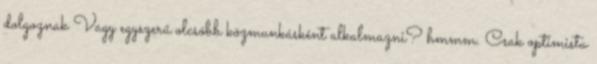
dolgoznak Vagy egyszerű olcsóbb közmunkásként alkalmazni? hmmm. Csak optimista